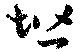
堦